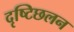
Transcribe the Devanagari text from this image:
दृष्टिछलन